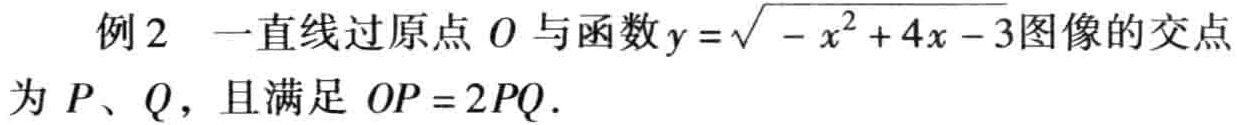
例2 一直线过原点 \(O\) 与函数 \(y = \sqrt{-x^{2}+4x - 3}\) 图像的交点为 \(P\)、\(Q\)，且满足 \(OP = 2PQ\).